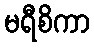
မရီစိကာ